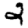
Digit: 2